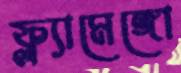
ফ্ল্যামেঙ্গো